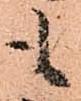
も